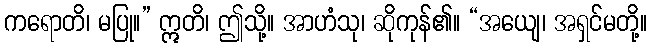
ကရောတိ၊ မပြု။” ဣတိ၊ ဤသို့။ အာဟံသု၊ ဆိုကုန်၏။ “အယျေ၊ အရှင်မတို့။